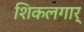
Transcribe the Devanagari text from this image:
शिकलगार्